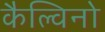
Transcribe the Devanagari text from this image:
कैल्विनो